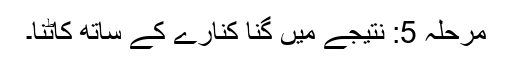
مرحلہ 5: نتیجے میں گنا کنارے کے ساتھ کاٹنا۔